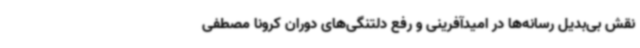
نقش بی‌بدیل رسانه‌ها در امیدآفرینی و رفع دلتنگی‌های دوران کرونا مصطفی